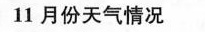
11月份天气情况